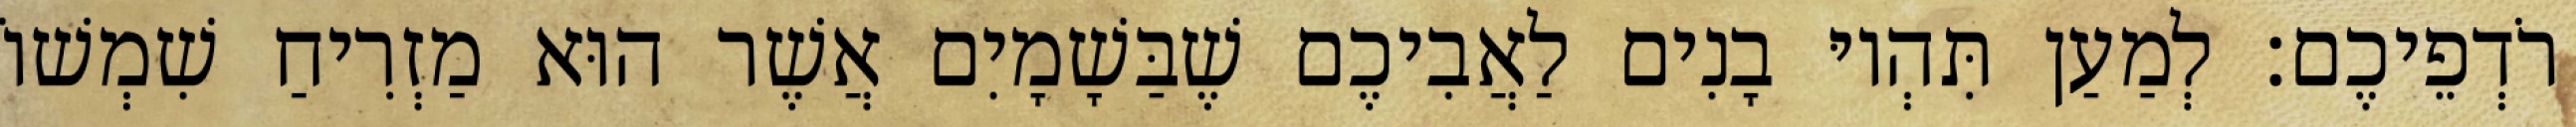
רֹדְפֵיכֶם׃ לְמַעַן תִּהְיוּ בָנִים לַאֲבִיכֶם שֶׁבַּשָׁמָיִם אֲשֶׁר הוּא מַזְרִיחַ שִׁמְשׁוֹ